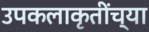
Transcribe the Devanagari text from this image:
उपकलाकृतींच्या